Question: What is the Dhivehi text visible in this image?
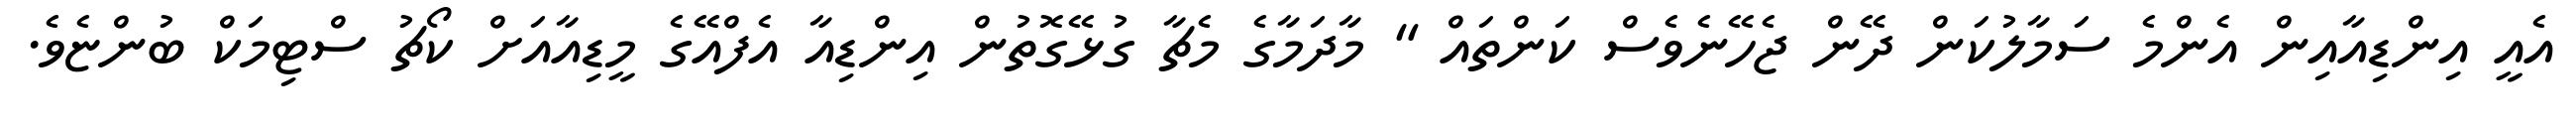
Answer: އެއީ އިންޑިއާއިން އެންމެ ސަމާލުކަން ދޭން ޖެހޭނެވެސް ކަންތައް " މާދަމާގެ މެޗާ ގުޅޭގޮތުން އިންޑިއާ އެފްއޭގެ މީޑިއާއަށް ކޯޗު ސްޓިމަކް ބުންޏެވެ.